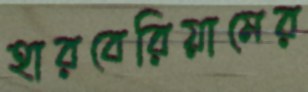
হারবেরিয়ামের